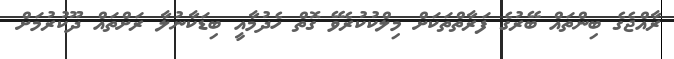
ރާއްޖެގެ ބިންތައް ބޭރުގެ ފަރާތްތަކަށް މިލްކުކުރެވޭ ގޮތް ހެދުމާއީ ބިޑަކާނުލާ ރަށްތައް ދޫކުރުމަށް